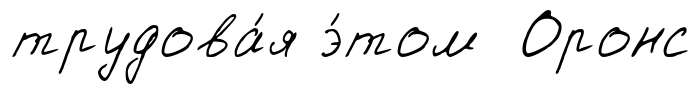
трудова́я э́том Оронс